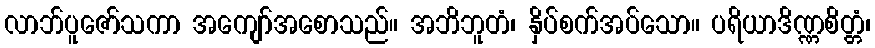
လာဘ်ပူဇော်သကာ အကျော်အစောသည်။ အဘိဘူတံ၊ နှိပ်စက်အပ်သော။ ပရိယာဒိဏ္ဏစိတ္တံ၊